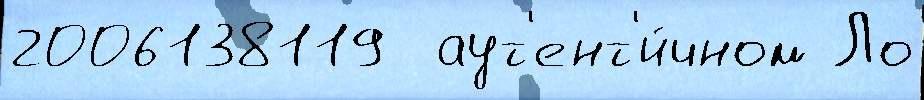
2006138119  аут'ент'и́чном Ло